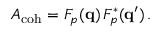
A _ { \mathrm { c o h } } = F _ { p } ( { \bf q } ) \, F _ { p } ^ { * } ( { \bf q } ^ { \prime } ) \, .